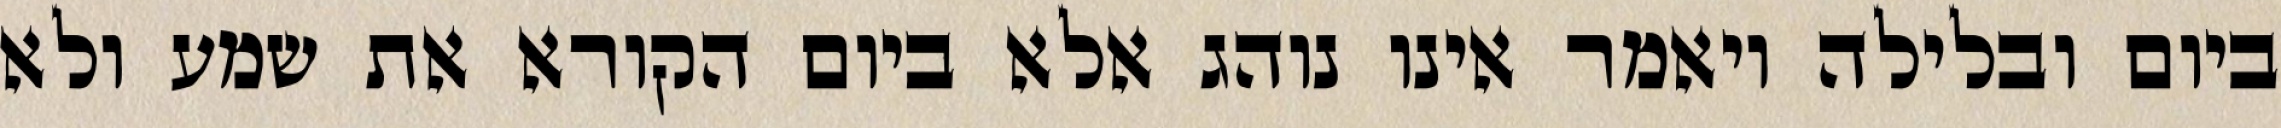
ביום ובלילה ויאמר אינו נוהג אלא ביום הקורא את שמע ולא